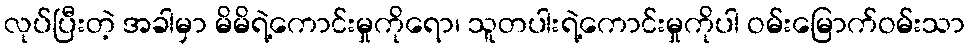
လုပ်ပြီးတဲ့ အခါမှာ မိမိရဲ့ကောင်းမှုကိုရော၊ သူတပါးရဲ့ကောင်းမှုကိုပါ ဝမ်းမြောက်ဝမ်းသာ